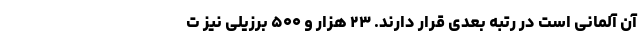
آن آلمانی است در رتبه بعدی قرار دارند. ۲۳ هزار و ۵۰۰ برزیلی نیز ت